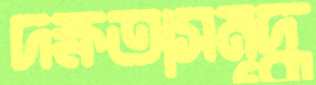
দক্ষতাসমৃদ্ধ